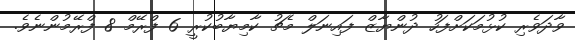
ވާދަވެރި ކުޅުމަކަށްފަހު ދުންޔާޒް ފައިނަލް މެޗު ކާމިޔާބުކުރީ 6 ފްރޭމް 8 ފްރޭމުންނެވެ.